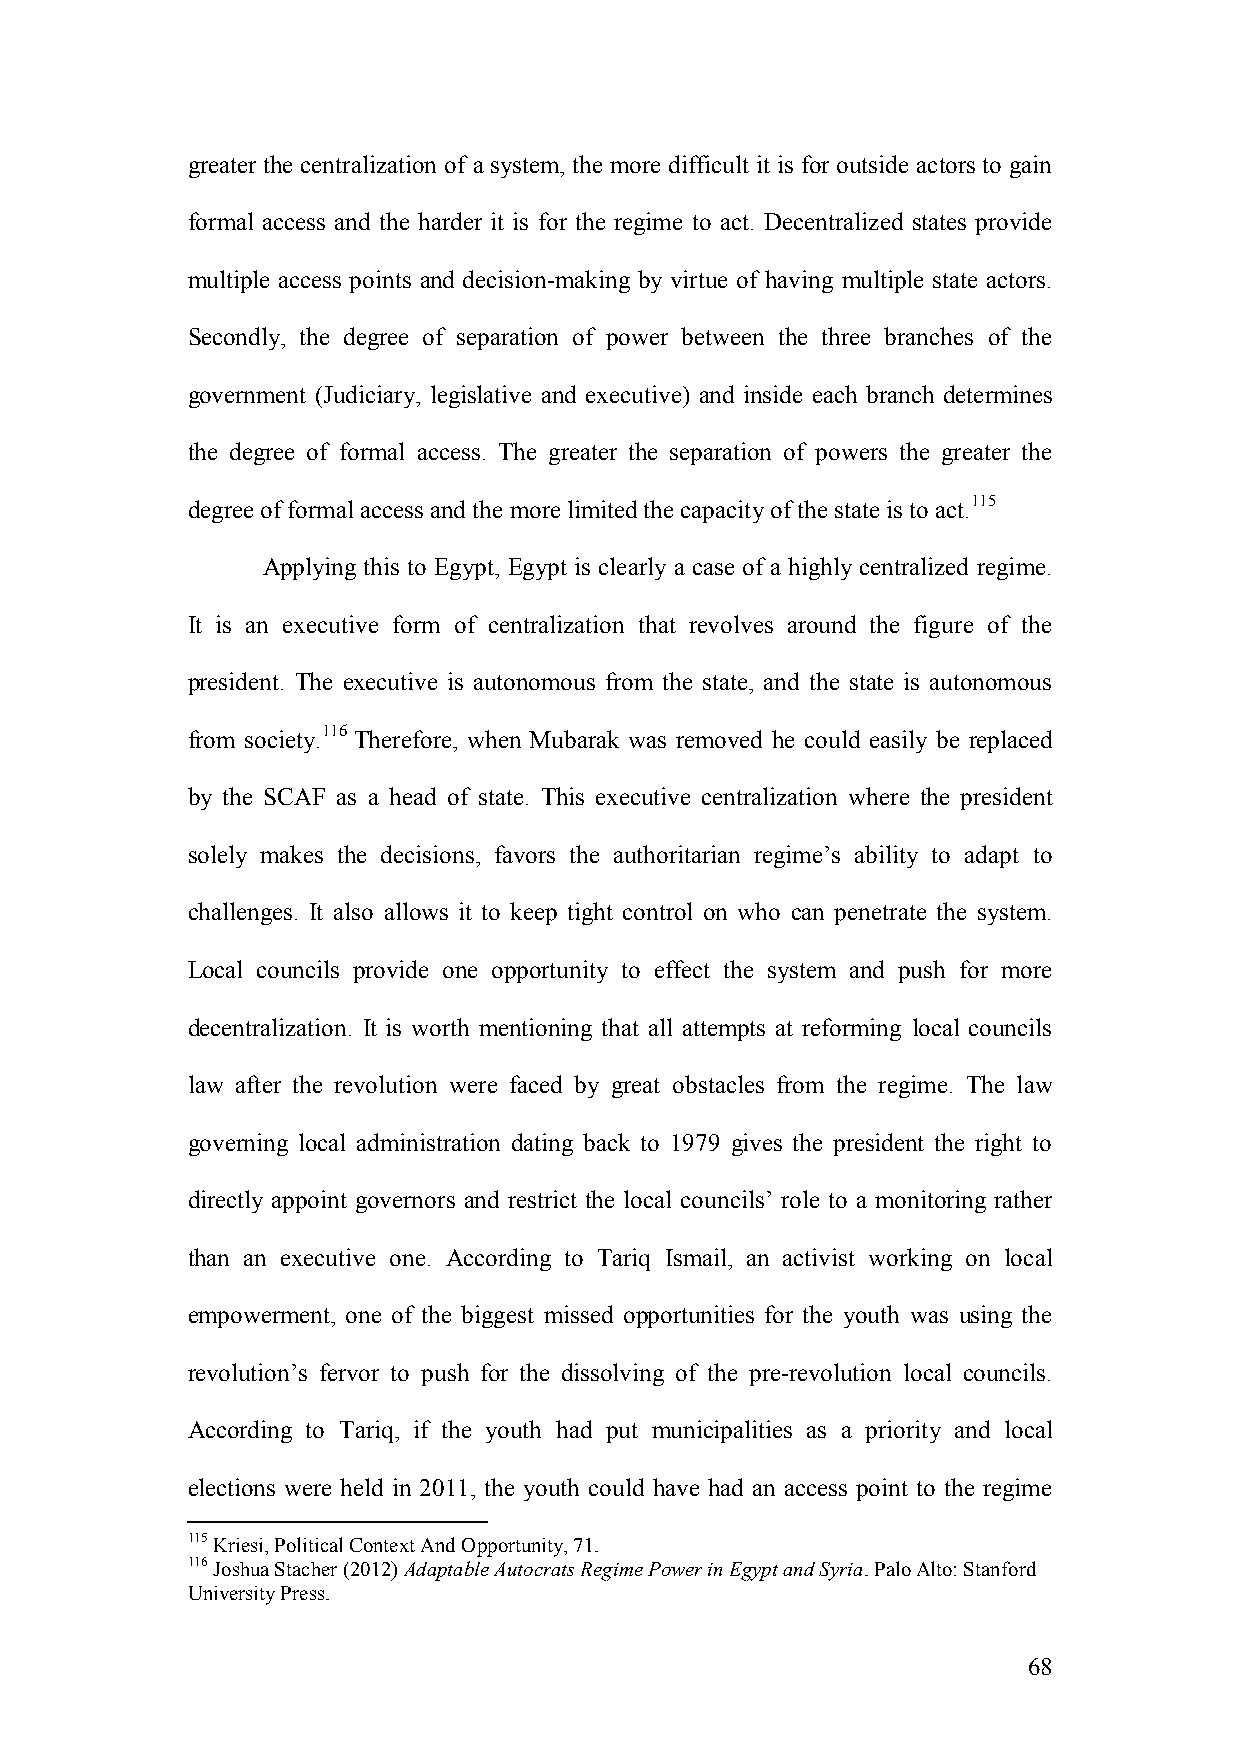
greater the centralization of a system, the more difficult it is for outside actors to gain
 formal access and the harder it is for the regime to act. Decentralized states provide
 multiple access points and decision-making by virtue of having multiple state actors.
 Secondly, the degree of separation of power between the three branches of the
 government (Judiciary, legislative and executive) and inside each branch determines
 the degree of formal access. The greater the separation of powers the greater the
 degree of formal access and the more limited the capacity of the state is to act.115
 Applying this to Egypt, Egypt is clearly a case of a highly centralized regime.
 It is an executive form of centralization that revolves around the figure of the
 president. The executive is autonomous from the state, and the state is autonomous
 from society.116 Therefore, when Mubarak was removed he could easily be replaced
 by the SCAF as a head of state. This executive centralization where the president
 solely makes the decisions, favors the authoritarian regime’s ability to adapt to
 challenges. It also allows it to keep tight control on who can penetrate the system.
 Local councils provide one opportunity to effect the system and push for more
 decentralization. It is worth mentioning that all attempts at reforming local councils
 law after the revolution were faced by great obstacles from the regime. The law
 governing local administration dating back to 1979 gives the president the right to
 directly appoint governors and restrict the local councils’ role to a monitoring rather
 than an executive one. According to Tariq Ismail, an activist working on local
 empowerment, one of the biggest missed opportunities for the youth was using the
 revolution’s fervor to push for the dissolving of the pre-revolution local councils.
 According to Tariq, if the youth had put municipalities as a priority and local
 elections were held in 2011, the youth could have had an access point to the regime
 115 Kriesi, Political Context And Opportunity, 71.
 116 Joshua Stacher (2012) Adaptable Autocrats Regime Power in Egypt and Syria. Palo Alto: Stanford
 University Press.
 68